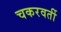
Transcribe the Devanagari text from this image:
चकरवर्ती